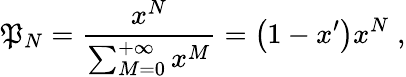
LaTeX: \mathfrak{P}_{N}=\frac{{x^{N}}}{{\sum_{M=0}^{+\infty}x^{M}}}=\left(1-x^{\prime}\right)x^{N}\; ,